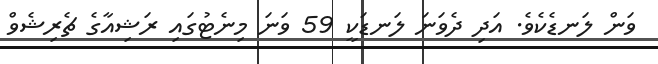
ވަން ލަނޑެކެވެ. އަދި ދެވަނަ ލަނޑަކީ 59 ވަނަ މިނެޓުގައި ރަޝިއާގެ ޗެރިޝެވް